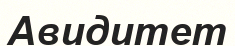
Авидитет